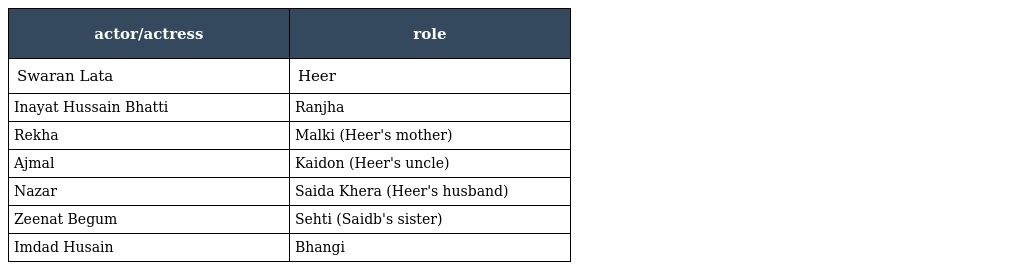
| actor/actress | role |
 | --- | --- |
 | Swaran Lata | Heer |
 | Inayat Hussain Bhatti | Ranjha |
 | Rekha | Malki (Heer's mother) |
 | Ajmal | Kaidon (Heer's uncle) |
 | Nazar | Saida Khera (Heer's husband) |
 | Zeenat Begum | Sehti (Saidb's sister) |
 | Imdad Husain | Bhangi |